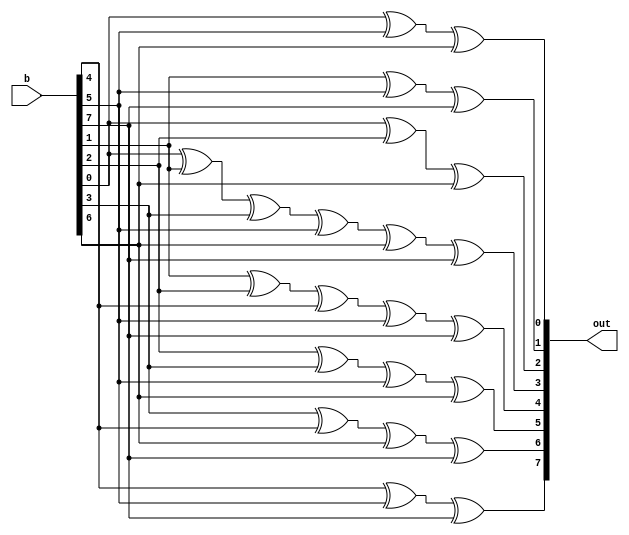
module mul_0d(b,out);

input [7:0]b;
output [7:0]out;


assign out[7] = b[4] ^ b[5] ^ b[7] ;
assign out[6] = b[3] ^ b[4] ^ b[6] ^ b[7] ;
assign out[5] = b[2] ^ b[3] ^ b[5] ^ b[6] ;
assign out[4] = b[1] ^ b[2] ^ b[4] ^ b[5] ^ b[7] ;
assign out[3] = b[0] ^ b[1] ^ b[3] ^ b[5] ^ b[6] ^ b[7] ;
assign out[2] = b[0] ^ b[2] ^ b[6] ;
assign out[1] = b[1] ^ b[5] ^ b[7] ;
assign out[0] = b[0] ^ b[5] ^ b[6] ;

endmodule